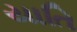
યાતિ